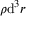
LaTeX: \rho \mathrm { d } ^ { 3 } r